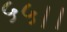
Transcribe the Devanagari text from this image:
५५।।